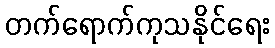
တက်ရောက်ကုသနိုင်ရေး